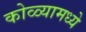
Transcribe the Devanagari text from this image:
कोळ्यामध्ये